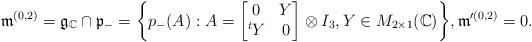
\begin{align*}\frak{m}^{(0,2)}=\frak{g}_{\mathbb{C}}\cap\frak{p}_-=\bigg\{p_-(A): A=\begin{bmatrix} 0 & Y\\ ^tY & 0\end{bmatrix}\otimes I_3, Y\in M_{2\times 1}(\mathbb{C})\bigg\}, \frak{m}'^{(0,2)}=0.\end{align*}